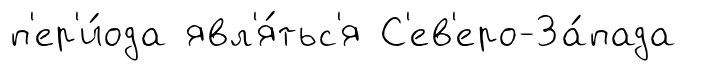
п'ер'и́ода явл'я́тьс'я С'ев'еро-За́пада